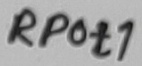
Text: RPot1